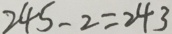
2 4 5 - 2 = 2 4 3